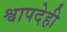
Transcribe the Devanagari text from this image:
श्वापदेही